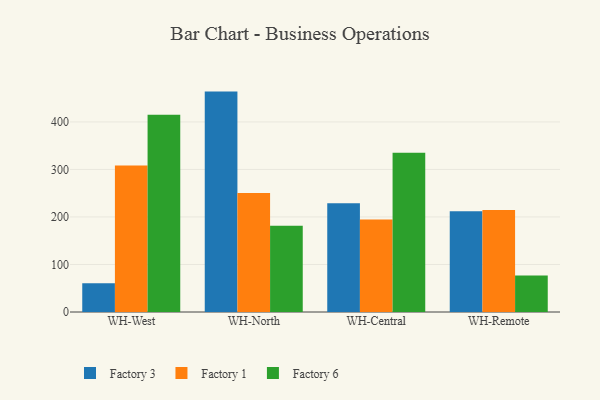
{"axis": {"x": "Warehouse", "y": "Demand Index"}, "legend": ["Factory 1", "Factory 3", "Factory 6"], "data": [{"x": "WH-West", "y": 60.6, "type": "Factory 3"}, {"x": "WH-West", "y": 308.2, "type": "Factory 1"}, {"x": "WH-West", "y": 415.3, "type": "Factory 6"}, {"x": "WH-North", "y": 463.8, "type": "Factory 3"}, {"x": "WH-North", "y": 250.6, "type": "Factory 1"}, {"x": "WH-North", "y": 181.7, "type": "Factory 6"}, {"x": "WH-Central", "y": 228.7, "type": "Factory 3"}, {"x": "WH-Central", "y": 194.5, "type": "Factory 1"}, {"x": "WH-Central", "y": 334.9, "type": "Factory 6"}, {"x": "WH-Remote", "y": 212.2, "type": "Factory 3"}, {"x": "WH-Remote", "y": 214.7, "type": "Factory 1"}, {"x": "WH-Remote", "y": 76.8, "type": "Factory 6"}]}